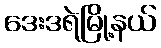
ဒေးဒရဲမြို့နယ်